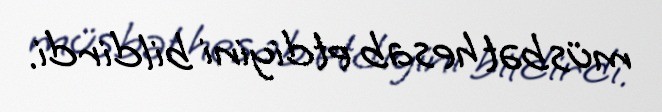
müsbət hesab etdiyini bildirdi.